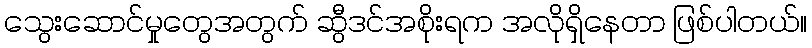
သွေးဆောင်မှုတွေအတွက် ဆွီဒင်အစိုးရက အလိုရှိနေတာ ဖြစ်ပါတယ်။